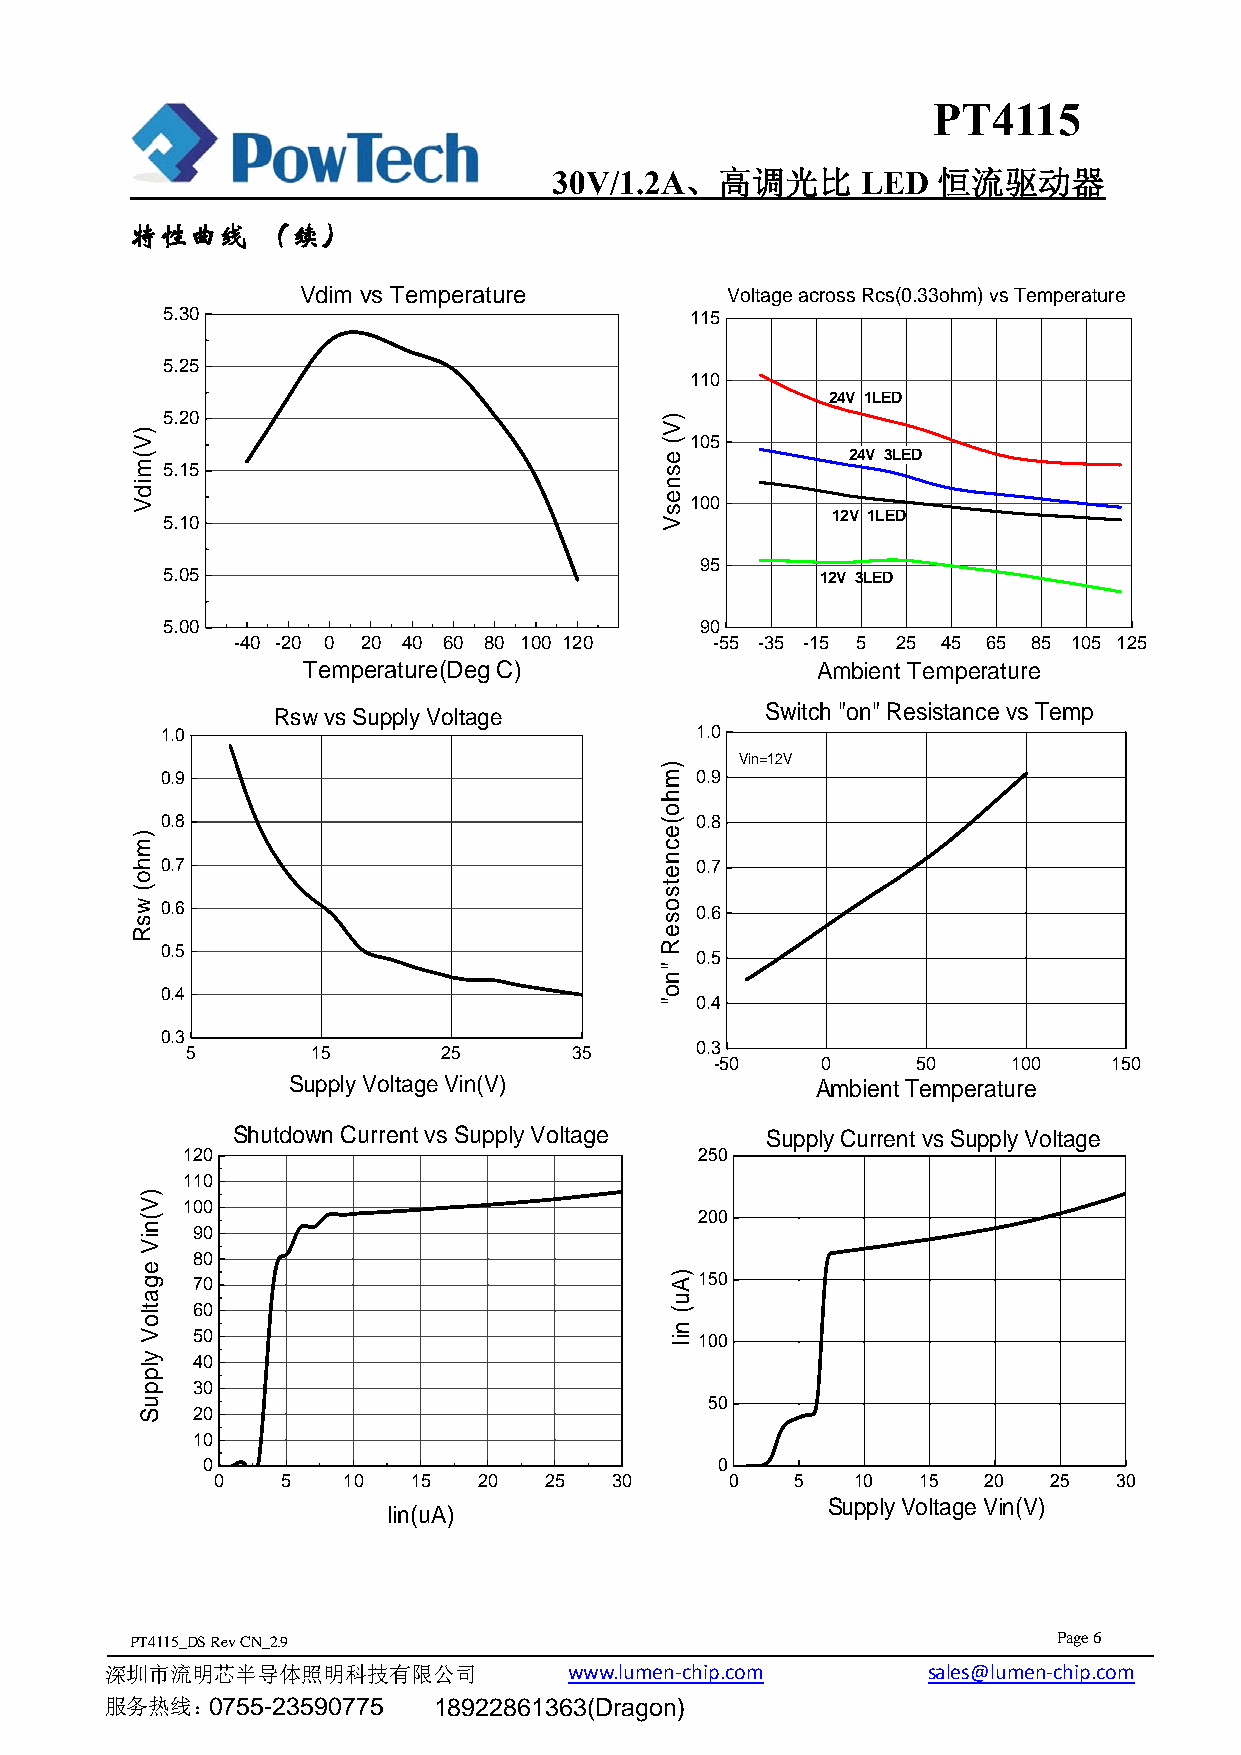
PT4115
 30V/1.2A、高调光比       LED  恒流驱动器
 特性曲线    （续）
 Vdim vs Temperature         Voltage across Rcs(0.33ohm) vs Temperature
 5.30                               115
 5.25
 110
 24V 1LED
 5.20
 105
 24V 3LED
 5.15
 100
 5.10                                        12V 1LED
 95
 5.05                                       12V 3LED
 5.00                               90
 -40 -20 0 20 40 60 80 100 120   -55 -35 -15 5 25 45 65 85 105 125
 Temperature(Deg C)                Ambient Temperature
 Rsw vs Supply Voltage            Switch "on" Resistance vs Temp
 1.0                                1.0
 Vin=12V
 0.9                                0.9
 0.8                                0.8
 0.7                                0.7
 0.6                                0.6
 0.5                                0.5
 0.4
 0.4
 0.3
 5        15      25       35      0.3
 -50    0      50    100    150
 Supply Voltage Vin(V)              Ambient Temperature
 Shutdown Current vs Supply Voltage  Supply Current vs Supply Voltage
 120                               250
 110
 100
 200
 90
 80
 70                               150
 60
 50                               100
 40
 30
 50
 20
 10
 0                                 0
 0    5   10  15   20  25  30      0    5   10  15  20  25   30
 Supply Voltage Vin(V)
 Iin(uA)
 PT4115_DS RevCN_2.9                                          Page 6
 深圳市流明芯半导体照明科技有限公司              w w w .l u m en-chip.com sales@lumen-chip.com
 服务热线：0755-23590775    18922861363(Dragon)
 )V(midV
 )mho(
 wsR
 )V(niV
 egatloV
 ylppuS
 )V(
 esnesV
 )mho(ecnetsoseR
 "no"
 )Au(
 niI